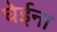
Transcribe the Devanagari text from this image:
घेईना